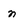
Character: n